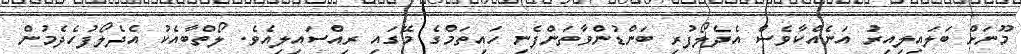
މޫނަށް ބަލައިލިއިރު އަނެއްކާވެސް އެދެލޯފުރި ބަންޑުންވާތަންފެނި ހައިތަމްގެ މޭގައި ރިއްސައިލިއެވެ. ލޯތްބާއެކު އެދެލޯފުހެދެމުން